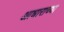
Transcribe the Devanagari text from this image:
आधाराच्या